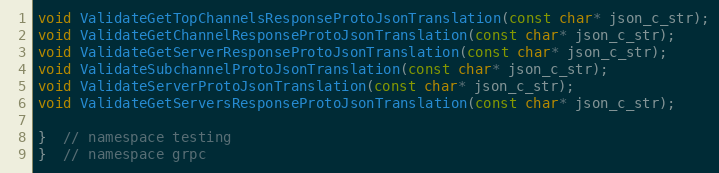
Language: C
void ValidateGetTopChannelsResponseProtoJsonTranslation(const char* json_c_str);
void ValidateGetChannelResponseProtoJsonTranslation(const char* json_c_str);
void ValidateGetServerResponseProtoJsonTranslation(const char* json_c_str);
void ValidateSubchannelProtoJsonTranslation(const char* json_c_str);
void ValidateServerProtoJsonTranslation(const char* json_c_str);
void ValidateGetServersResponseProtoJsonTranslation(const char* json_c_str);

}  // namespace testing
}  // namespace grpc